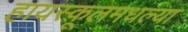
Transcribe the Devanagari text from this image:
हायस्कूलमधल्या